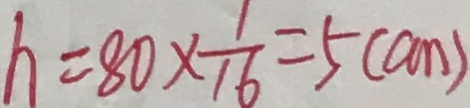
h = 8 0 \times \frac { 1 } { 1 6 } = 5 ( c m )